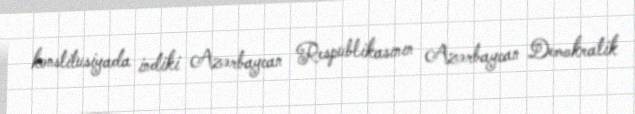
konstitusiyada indiki Azərbaycan Respublikasının Azərbaycan Demokratik